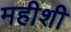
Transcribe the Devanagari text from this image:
महीशी